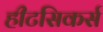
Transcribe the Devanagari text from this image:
हीटसिकर्स